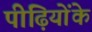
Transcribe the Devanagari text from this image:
पीढ़ियोंके